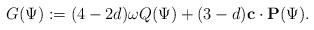
LaTeX: \begin{align*}G(\Psi):=(4-2d)\omega Q(\Psi)+(3-d)\mathbf{c}\cdot \mathbf{P}(\Psi).\end{align*}